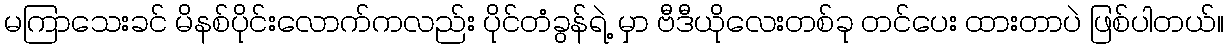
မကြာသေးခင် မိနစ်ပိုင်းလောက်ကလည်း ပိုင်တံခွန်ရဲ့ မှာ ဗီဒီယိုလေးတစ်ခု တင်ပေး ထားတာပဲ ဖြစ်ပါတယ်။